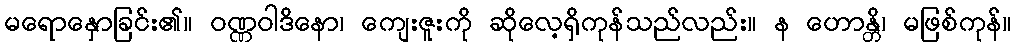
မရောနှောခြင်း၏။ ဝဏ္ဏဝါဒိနော၊ ကျေးဇူးကို ဆိုလေ့ရှိကုန်သည်လည်း။ န ဟောန္တိ၊ မဖြစ်ကုန်။